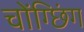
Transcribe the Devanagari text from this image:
चोंग्छिंग